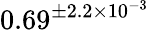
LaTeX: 0.69^{\pm 2.2\times 10^{-3}}